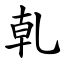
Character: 乹